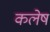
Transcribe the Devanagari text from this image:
कलेष